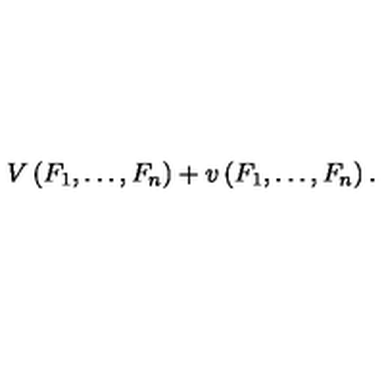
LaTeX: V \left( F _ { 1 } , \dots , F _ { n } \right) + v \left( F _ { 1 } , \dots , F _ { n } \right) .